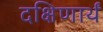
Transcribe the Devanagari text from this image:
दक्षिणार्थं